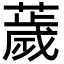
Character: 薉